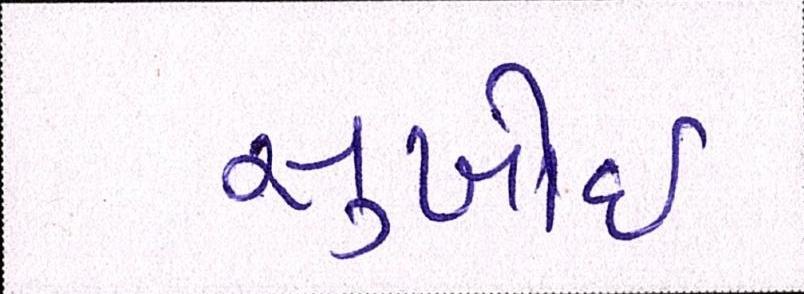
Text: સુખોઈ